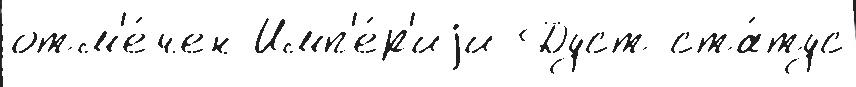
отм'е́чен Имп'е́р'иjи Дуст ста́тус